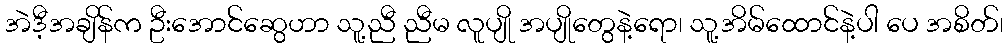
အဲဒီ့အချိန်က ဦးအောင်ဆွေဟာ သူ့ညီ ညီမ လူပျို အပျိုတွေနဲ့ရော၊ သူ့အိမ်ထောင်နဲ့ပါ ပေ အစိတ်၊